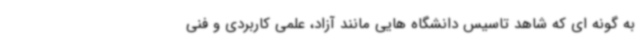
به گونه ای که شاهد تاسیس دانشگاه هایی مانند آزاد، علمی کاربردی و فنی